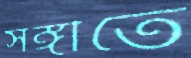
সঙ্গীতে